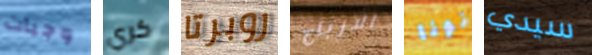
وجبات كري روبرتا الارباح نونا سيدي